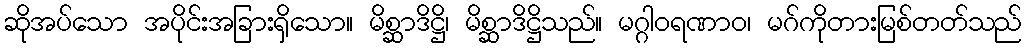
ဆိုအပ်သော အပိုင်းအခြားရှိသော။ မိစ္ဆာဒိဋ္ဌိ၊ မိစ္ဆာဒိဋ္ဌိသည်။ မဂ္ဂါဝရဏာဝ၊ မဂ်ကိုတားမြစ်တတ်သည်